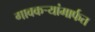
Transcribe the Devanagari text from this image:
गावकर्‍यांमार्फत